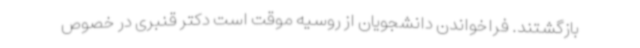
بازگشتند. فراخواندن دانشجویان از روسیه موقت است دکتر قنبری در خصوص